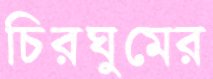
চিরঘুমের